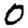
Digit: 0